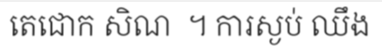
តេជោក សិណ  ។ ការស្ងប់ ឈឹង